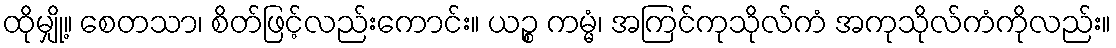
ထိုမျှို့။ စေတသာ၊ စိတ်ဖြင့်လည်းကောင်း။ ယဉ္စ ကမ္မံ၊ အကြင်ကုသိုလ်ကံ အကုသိုလ်ကံကိုလည်း။